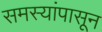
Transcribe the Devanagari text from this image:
समस्यांपासून